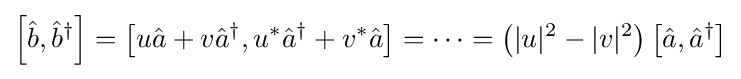
\left[{\hat {b}},{\hat {b}}^{\dagger }\right]=\left[u{\hat {a}}+v{\hat {a}}^{\dagger },u^{*}{\hat {a}}^{\dagger }+v^{*}{\hat {a}}\right]=\cdots =\left(|u|^{2}-|v|^{2}\right)\left[{\hat {a}},{\hat {a}}^{\dagger }\right]